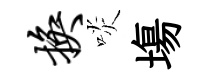
换啖塲